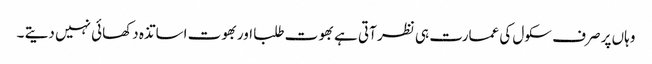
وہاں پر صرف سکول کی عمارت ہی نظر آتی ہے بھوت طلبا اوربھوت اساتذہ دکھائی نہیں دیتے ۔